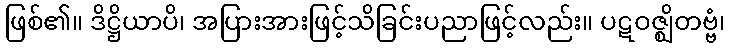
ဖြစ်၏။ ဒိဋ္ဌိယာပိ၊ အပြားအားဖြင့်သိခြင်းပညာဖြင့်လည်း။ ပဋဝဇ္ဈိတဗ္ဗံ၊